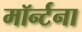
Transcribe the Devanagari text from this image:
मॉर्न्टना